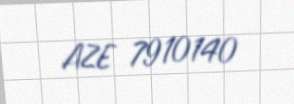
AZE 7910140